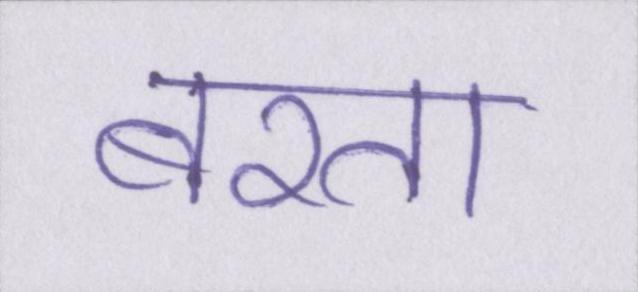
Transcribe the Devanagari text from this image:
बरता